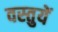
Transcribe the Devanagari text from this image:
वस्‍तुयें